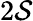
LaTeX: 2\mathcal{S}